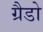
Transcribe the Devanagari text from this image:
ग्रैडो